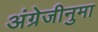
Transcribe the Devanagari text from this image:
अंग्रेजीनुमा